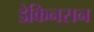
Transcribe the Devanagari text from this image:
डेकिनसन